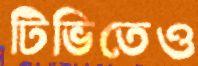
টিভিতেও